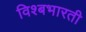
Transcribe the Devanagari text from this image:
विश्बभारती